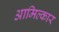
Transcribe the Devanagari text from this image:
आमिल्कार